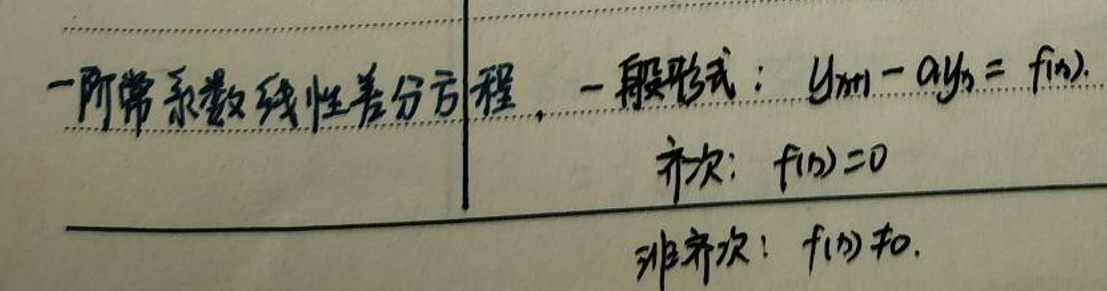
一般形式：$y_{n + 1} - ay_n = f(n)$

齐次：$f(n)=0$

非齐次：$f(n)\neq0$